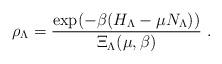
LaTeX: \begin{align*}\rho_{\Lambda} = \frac{\exp(-\beta(H_{\Lambda}-\mu N_{\Lambda}))}{\Xi_{\Lambda}(\mu,\beta)} \ .\end{align*}